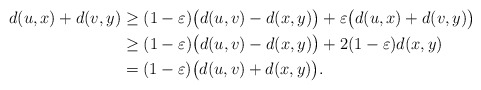
\begin{align*} d(u,x)+d(v,y)&\ge (1-\varepsilon)\big(d(u,v)-d(x,y)\big)+\varepsilon \big(d(u,x)+d(v,y)\big)\\ &\ge(1-\varepsilon)\big(d(u,v)-d(x,y)\big)+2(1-\varepsilon)d(x,y)\\ &= (1-\varepsilon)\big(d(u,v)+d(x,y)\big).\end{align*}